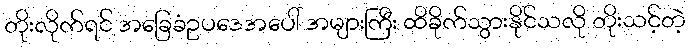
တိုးလိုက်ရင် အခြေခံဥပဒေအပေါ် အများကြီး ထိခိုက်သွားနိုင်သလို တိုးသင့်တဲ့